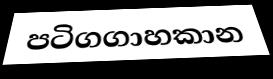
පටිගගාහකාන